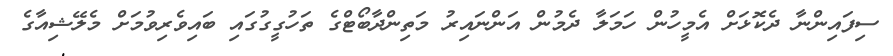
ސިފައިންނާ ދެކޮޅަށް އެމީހުން ހަމަލާ ދެމުން އަންނައިރު މަތިންދާބޯޓްގެ ތަހުގީގުގައި ބައިވެރިވުމަށް މެލޭޝިއާގެ